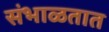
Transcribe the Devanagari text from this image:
संभाळतात